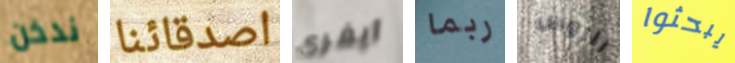
ندخن اصدقائنا آيفري ربما للروس يبحثوا